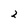
Character: 2